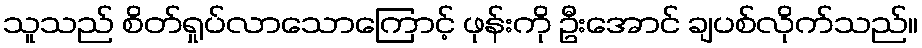
သူသည် စိတ်ရှုပ်လာသောကြောင့် ဖုန်းကို ဦးအောင် ချပစ်လိုက်သည်။